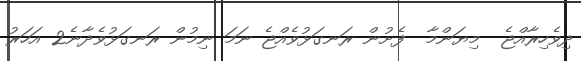
ދިވެހިރާއްޖެ  މިޔަންމާ  ފެށުން ރަނގަޅުވެއްޖެ ނަމަ ނިމުން ރަނގަޅުވެދާނެ2 އަހަރު